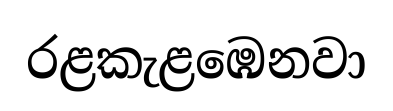
රළකැළඹෙනවා